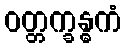
ဝတ္တက္ခန္ဓကံ